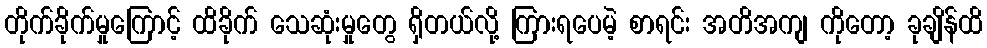
တိုက်ခိုက်မှုကြောင့် ထိခိုက် သေဆုံးမှုတွေ ရှိတယ်လို့ ကြားရပေမဲ့ စာရင်း အတိအကျ ကိုတော့ ခုချိန်ထိ